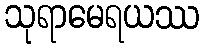
သုရာမေရယဿ